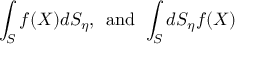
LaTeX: \int _ { S } f ( X ) d S _ { \eta } , \; \, \mathrm { a n d } \, \; \int _ { S } d S _ { \eta } f ( X )